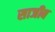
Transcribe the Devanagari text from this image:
साजीब